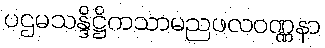
ပဌမသန္ဒိဋ္ဌိကသာမညဖလဝဏ္ဏနာ